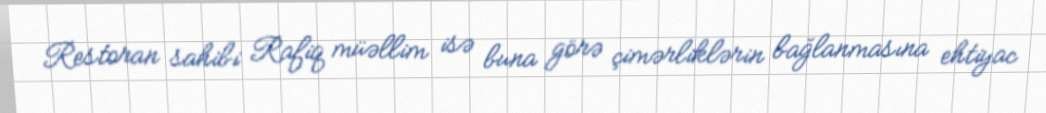
Restoran sahibi Rafiq müəllim isə buna görə çimərliklərin bağlanmasına ehtiyac